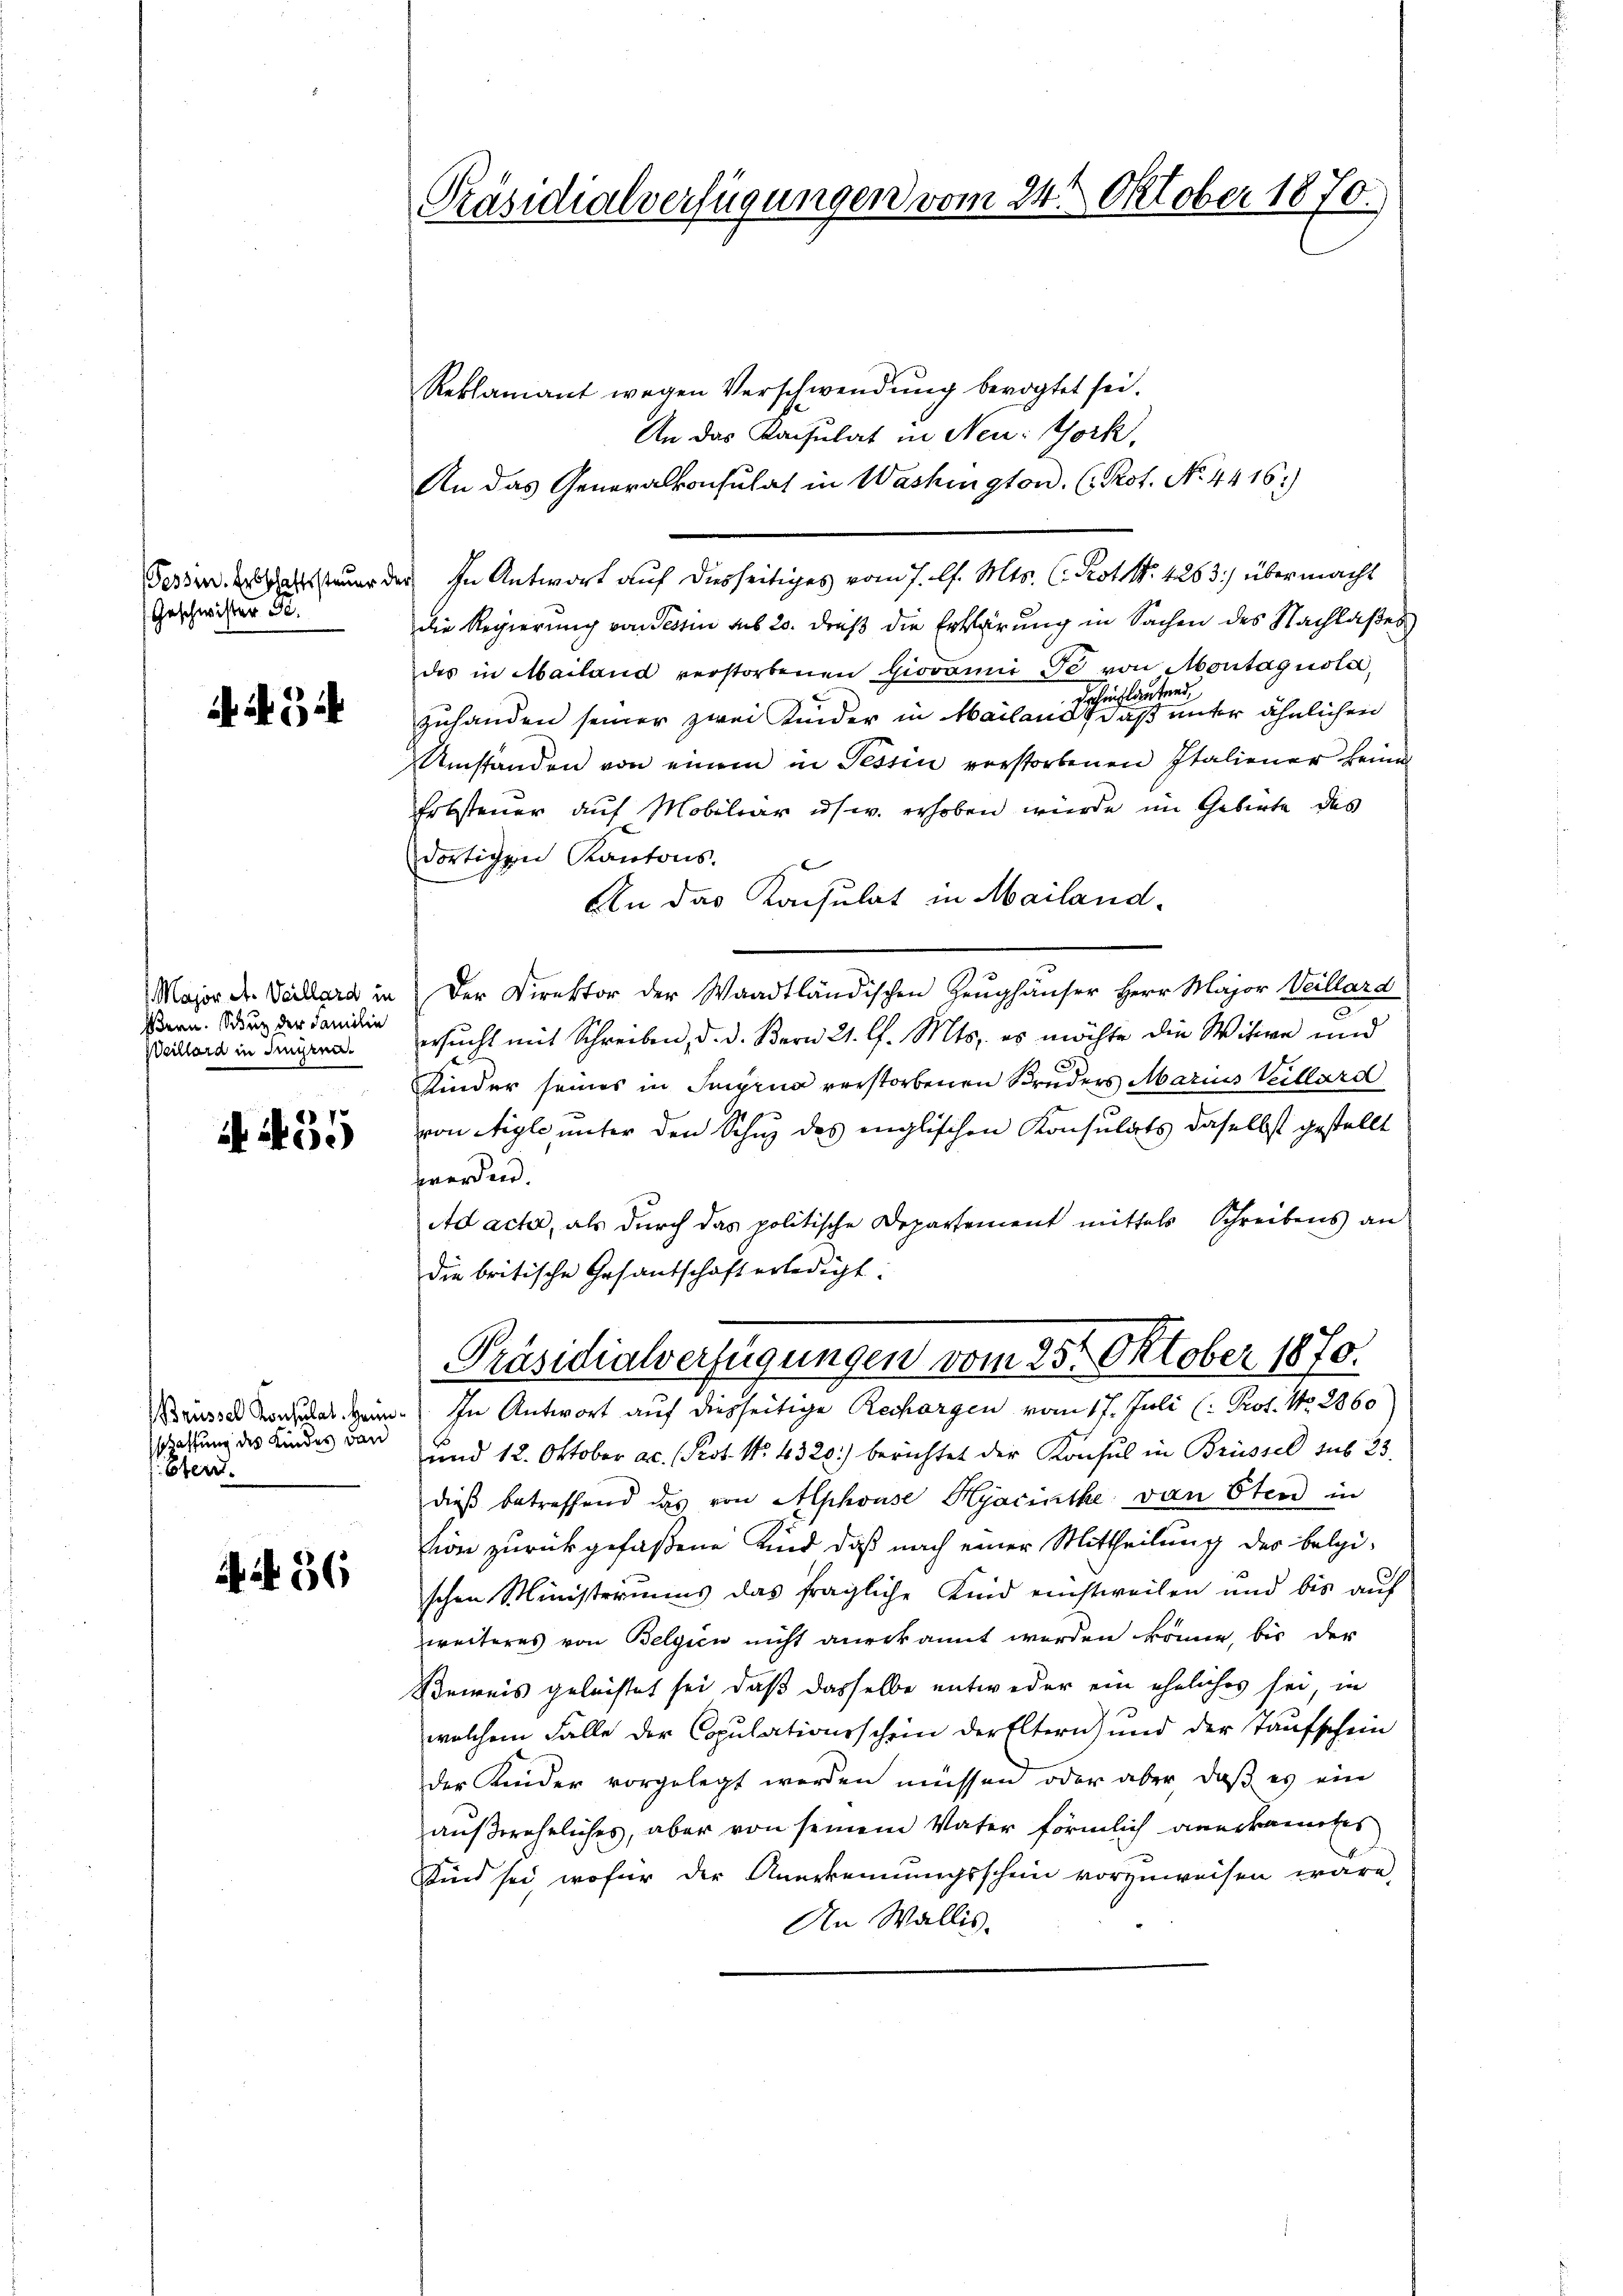
Fessen. Erbschaftssteuer d
Geschwister 30.

A 34

Major A. Veillard in
ßern. Schur der Familie
Veillard in dingren.

155

Brüssel Konsulat Heimschaffung des Kindes Band
Stern.

AN 56

Präsidialverfügungen vom 24. Oktober 1870.

Reklamant wegen Verschwendung bevogtet sei.
An das Konsulat in Neu: Gork,
An das Generalkonsulat in Washington. ( Prot. No. 4416)
In Antwort auf diesseitiges vom 7. l. Mts. (Rot. N. 4283) übermacht
die Regierung von Tessin sub 20. dieß die Erklärung in Sachen des Nachlaßes
des in Mailand verstorbenen Giovanni de von Montagnola,
zuhanden seiner zwei Kinder in Mailand eine er einer einen unter ähnlichen
Umständen von einem in Tessin verstorbenen Italiener keine
Erbsteuer auf Mobiliar usw. erhoben würde im Gebirte des
dortigen Kantons-
An das Konsulat in Mailand.
Der Direktor der Waadtländischen Zeughäuser Herr Major Weillard
ersucht mit Schreiben, d. d. Bern 21. l. Mts. es möchte die Witwe und
Kinder seines in Supena verstorbenen Bruders Marius Villard
von Aigle unter den Schuz des englischen Konsulats daselbst gestellt
forden.
Ad ach, als durch das politische Departement mittels Schreibens an
die britische Gesantschaft erledigt:
Präsidialverfügungen vom 25. Oktober 1870.
In Antwort auf diesseitige Rechargen vom 17. Juli (: Prof. No. 2360
und 12. Oktober ac. (Prot. No. 4320) berichtet der Konsul in Brüssel sub 23
dieß betreffend das von Alphouse Hyacintke: von Oten in
tion zurückgefaßene Kind daß nach einer Mittheilung des belgi-
schen Ministeriums das fragliche Kind einstweilen und bis auf
weiteres von Belgien nicht anerkannt werden könne, bis der
Beweis geleistet sei, daß dasselbe entweder ein eheliches sei, in
welchem Falle der Copulationsschein der Eltern) und der Taufschein
der Kinder vorgelegt werden müssen, oder aber daß es ein
außereheliches, aber von seinem Vater förmlich anerkannte
Sind sei, wofür der Anerkennungsschein vorzuweisen wäre,
An Wallis.